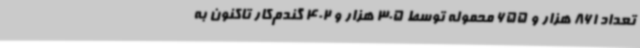
تعداد 861 هزار و 655 محموله توسط 305 هزار و 402 گندم‌کار تاکنون به